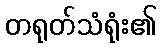
တရုတ်သံရုံး၏